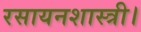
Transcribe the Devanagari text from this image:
रसायनशास्त्री।